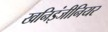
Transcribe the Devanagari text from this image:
खनिइंजीनियर